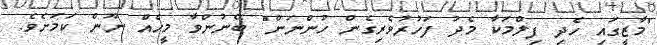
"މާޒީގައި ހެދި ފިލްމަކާ މެދު ފަހުރުވެރިގެން ހުންނަން" ބޭނުންވާ މީހެއް ނޫން ކަމަށެވެ.